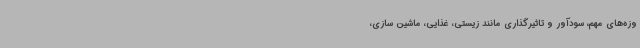
وزه‌های مهم، سودآور و تاثیرگذاری مانند زیستی، غذایی، ماشین سازی،